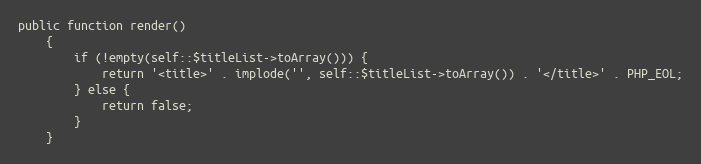
Language: PHP
public function render()
    {
        if (!empty(self::$titleList->toArray())) {
            return '<title>' . implode('', self::$titleList->toArray()) . '</title>' . PHP_EOL;
        } else {
            return false;
        }
    }